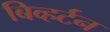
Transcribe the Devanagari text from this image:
बिव्हर्टन